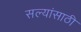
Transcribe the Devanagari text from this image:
सल्यांसाठी